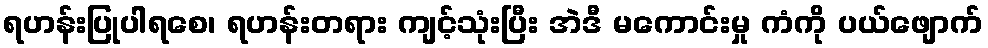
ရဟန်းပြုပါရစေ၊ ရဟန်းတရား ကျင့်သုံးပြီး အဲဒီ မကောင်းမှု ကံကို ပယ်ဖျောက်